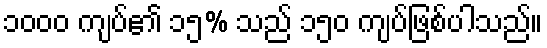
၁၀၀၀ ကျပ်၏ ၁၅% သည် ၁၅၀ ကျပ်ဖြစ်ပါသည်။